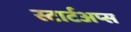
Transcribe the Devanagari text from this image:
स्टार्टअप्स